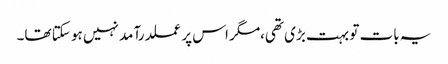
یہ بات تو بہت بڑی تھی،مگر اس پر عملدرآمد نہیں ہو سکتا تھا۔